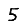
Digit: 5